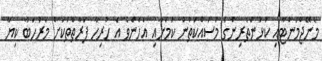
މެނޭޖްމަންޓާއި ކުޅުންތެރިންގެ މަސައްކަތުން ކަމަށާއި އެހެންވެ އެ ހުރިހާ ފަރާތްތަކަށް މަރުހަބާ ކިޔާ